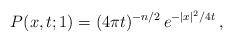
LaTeX: \begin{align*}P(x,t;1)=(4\pi t)^{-n/2}\,e^{-|x|^2/4t}\,,\end{align*}